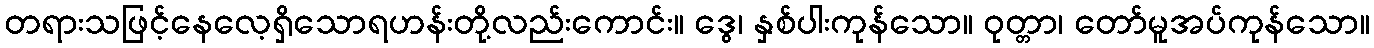
တရားသဖြင့်နေလေ့ရှိသောရဟန်းတို့လည်းကောင်း။ ဒွေ၊ နှစ်ပါးကုန်သော။ ဝုတ္တာ၊ တော်မူအပ်ကုန်သော။